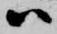
ハ